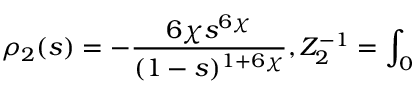
\rho _ { 2 } ( s ) = - \frac { 6 \chi s ^ { 6 \chi } } { ( 1 - s ) ^ { 1 + 6 \chi } } , Z _ { 2 } ^ { - 1 } = \int _ { 0 }